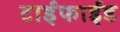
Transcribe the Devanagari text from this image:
टाईफाईड